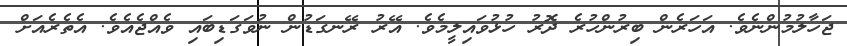
ޖަހާލުމުންނެވެ. އަހަރެން ބިރުންހުރެ ދޮރު ހުޅުވައިލީމެވެ. އޭރު ރޭނގަޑުން ނުވަގަޑިބައި ވެއްޖެއެވެ. އެތެރެއަށް